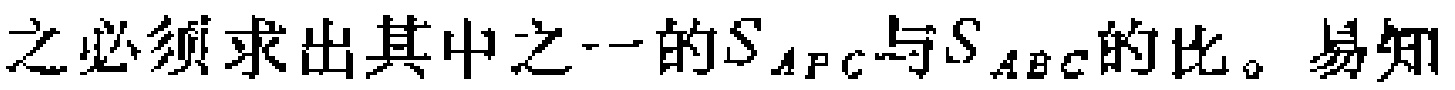
之必须求出其中之一的\(S_{APC}\)与\(S_{ABC}\)的比。易知